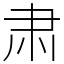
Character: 肃